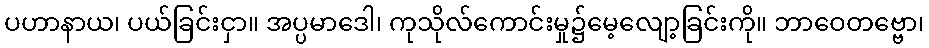
ပဟာနာယ၊ ပယ်ခြင်းငှာ။ အပ္ပမာဒေါ၊ ကုသိုလ်ကောင်းမှု၌မေ့လျော့ခြင်းကို။ ဘာဝေတဗ္ဗော၊